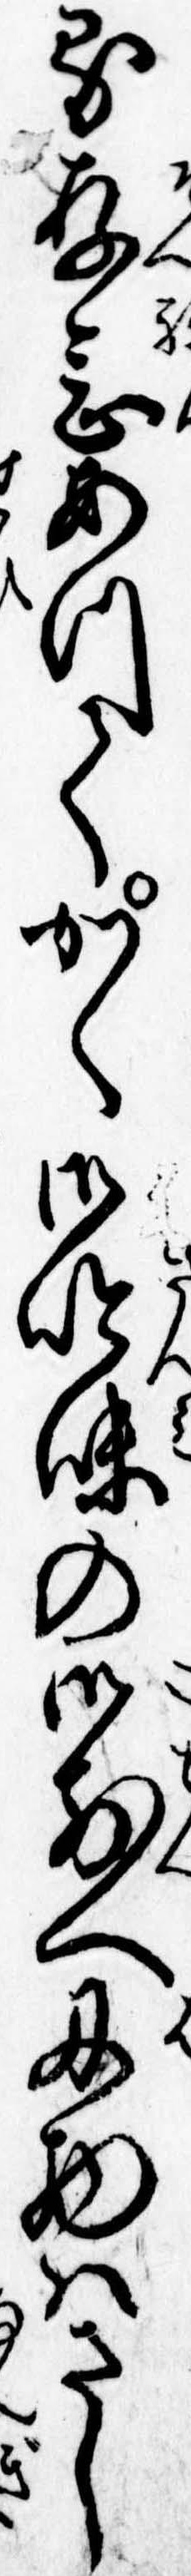
る存念あつてかく御吟味の御前へ刃物はさし